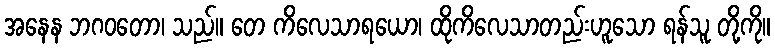
အနေန ဘဂဝတော၊ သည်။ တေ ကိလေသာရယော၊ ထိုကိလေသာတည်းဟူသော ရန်သူ တို့ကို။